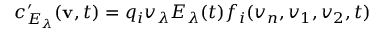
c _ { E _ { \lambda } } ^ { \prime } ( \mathbf { v } , t ) = q _ { i } v _ { \lambda } E _ { \lambda } ( t ) f _ { i } ( v _ { n } , v _ { 1 } , v _ { 2 } , t )